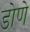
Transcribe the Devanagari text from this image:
डोणे